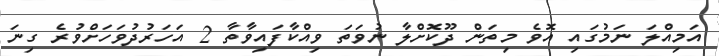
އަމިއްލަ ނަމުގައި އޮވެ މިތަން ދޫކޮށްލާ ނުވަތަ ވިއްކާފައިވާތާ 2 އަހަރުދުވަހަށްވުރެ ގިނަ